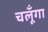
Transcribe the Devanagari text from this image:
चलूँगा